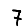
Digit: 7